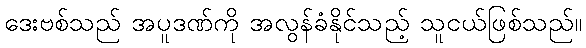
ဒေးဗစ်သည် အပူဒဏ်ကို အလွန်ခံနိုင်သည့် သူငယ်ဖြစ်သည်။